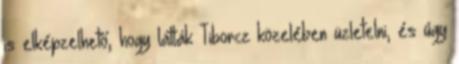
is elképzelhető, hogy látták Tiborcz közelében üzletelni, és úgy